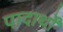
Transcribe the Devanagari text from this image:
पादार्थों